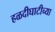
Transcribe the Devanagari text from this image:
हळदीघाटीच्या